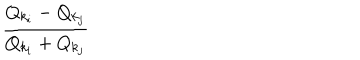
LaTeX: { \frac { Q _ { k _ { i } } - Q _ { k _ { j } } } { Q _ { k _ { i } } + Q _ { k _ { j } } } }